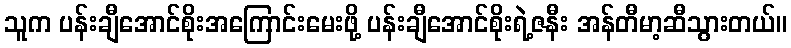
သူက ပန်းချီအောင်စိုးအကြောင်းမေးဖို့ ပန်းချီအောင်စိုးရဲ့ဇနီး အန်တီမာ့ဆီသွားတယ်။